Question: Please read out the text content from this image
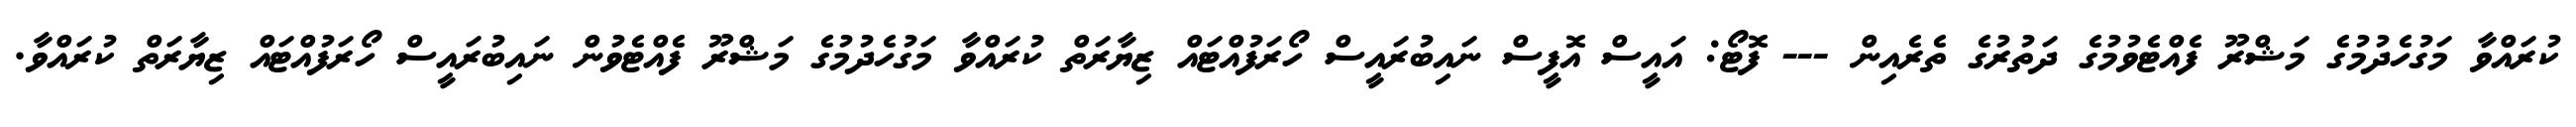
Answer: ކުރައްވާ މަގުހެދުމުގެ މަޝްރޫ ފެއްޓެވުމުގެ ދަތުރުގެ ތެރެއިން --- ފޮޓޯ: އައީސް އޮފީސް ނައިބުރައީސް ހޯރަފުއްޓައް ޒިޔާރަތް ކުރައްވާ މަގުހެދުމުގެ މަޝްރޫ ފެއްޓެވުން ނައިބުރައީސް ހޯރަފުއްޓައް ޒިޔާރަތް ކުރައްވާ.